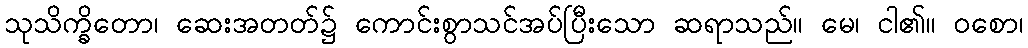
သုသိက္ခိတော၊ ဆေးအတတ်၌ ကောင်းစွာသင်အပ်ပြီးသော ဆရာသည်။ မေ၊ ငါ၏။ ဝစော၊